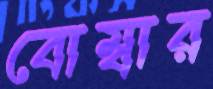
বোম্বার